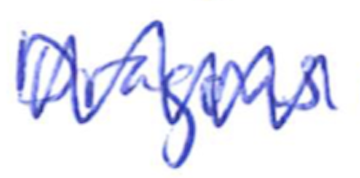
Text: Dragons
Cross-out: zig-zag
Writing tool: ballpoint